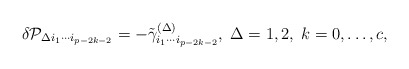
\begin{align*}\delta {\cal P}_{\Delta i_1\cdots i_{p-2k-2}}=-\tilde \gamma_{i_1\cdots i_{p-2k-2}}^{(\Delta )},\;\Delta =1,2,\;k=0,\ldots ,c,\end{align*}